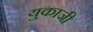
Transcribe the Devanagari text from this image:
युकाजी